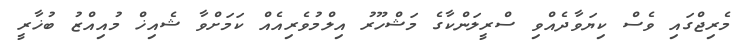
މެރިޖްގައި ވެސް ކިޔަވާދެއްވި ސްރީލަންކާގެ މަޝްހޫރު އިލްމުވެރިއެއް ކަމަށްވާ ޝެއިޚް މުއިއްޒު ބުޚާރީ